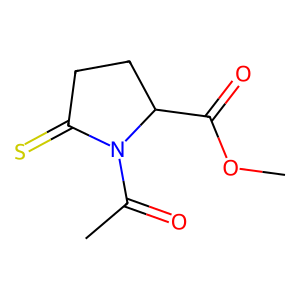
SMILES: COC(=O)C1CCC(=S)N1C(C)=O
Inhibits HIV replication: No